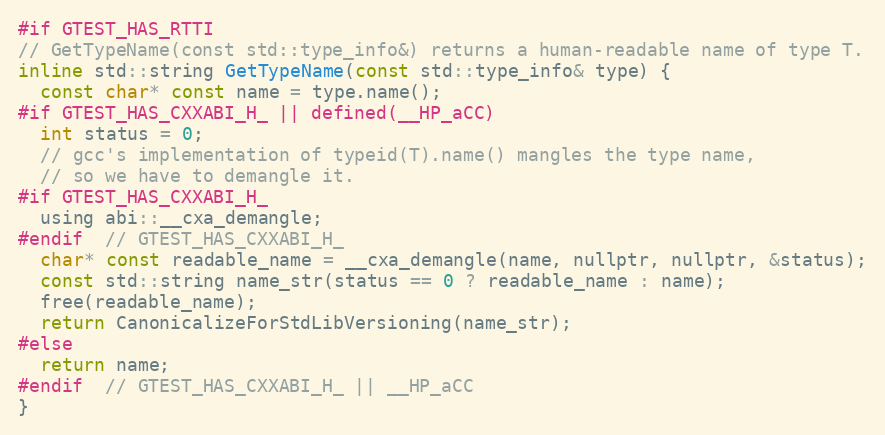
Language: C
#if GTEST_HAS_RTTI
// GetTypeName(const std::type_info&) returns a human-readable name of type T.
inline std::string GetTypeName(const std::type_info& type) {
  const char* const name = type.name();
#if GTEST_HAS_CXXABI_H_ || defined(__HP_aCC)
  int status = 0;
  // gcc's implementation of typeid(T).name() mangles the type name,
  // so we have to demangle it.
#if GTEST_HAS_CXXABI_H_
  using abi::__cxa_demangle;
#endif  // GTEST_HAS_CXXABI_H_
  char* const readable_name = __cxa_demangle(name, nullptr, nullptr, &status);
  const std::string name_str(status == 0 ? readable_name : name);
  free(readable_name);
  return CanonicalizeForStdLibVersioning(name_str);
#else
  return name;
#endif  // GTEST_HAS_CXXABI_H_ || __HP_aCC
}